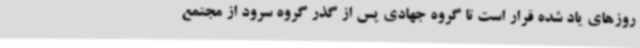
روزهای یاد شده قرار است تا گروه جهادی پس از گذر گروه سرود از مجتمع